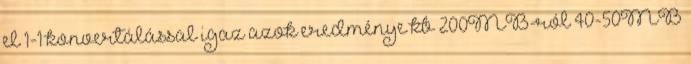
el 1-1 konvertálással igaz azok eredménye kb 200MB-ról 40-50MB